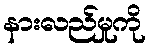
နားလည်မှုကို